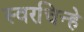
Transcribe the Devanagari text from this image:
स्वरचिन्हे